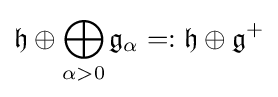
{\mathfrak {h}}\oplus \bigoplus _{\alpha >0}{\mathfrak {g}}_{\alpha }=:{\mathfrak {h}}\oplus {\mathfrak {g}}^{+}